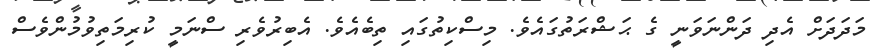
މަދަދަށް އެދި ދަންނަވަނީ ގެ ޙަޝްރަތުގައެވެ. މިސްކިތުގައި ތިބެއެވެ. އެބިރުވެރި ސްނަމީ ކުރިމަތިވުމުންވެސް